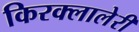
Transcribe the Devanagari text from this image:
किरक्लालेरी